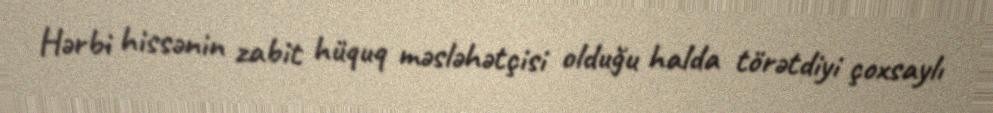
Hərbi hissənin zabit hüquq məsləhətçisi olduğu halda törətdiyi çoxsaylı